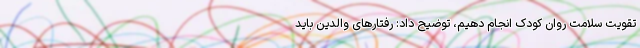
تقویت سلامت روان کودک انجام دهیم، توضیح داد: رفتارهای والدین باید